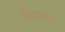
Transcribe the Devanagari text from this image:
कैथल।